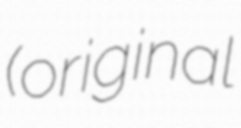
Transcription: (original